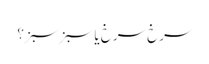
سرخ سرخ یا سبز سبز؟